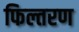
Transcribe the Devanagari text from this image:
फिल्तरण